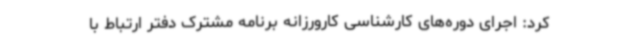
کرد: اجرای دوره‌های کارشناسی کارورزانه برنامه مشترک دفتر ارتباط با